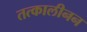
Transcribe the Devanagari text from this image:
तत्कालीनन